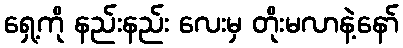
ရှေ့ကို နည်းနည်း လေးမှ တိုးမလာနဲ့နော်